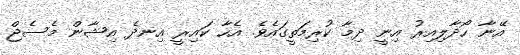
އޭނާ ހޯދާލިއިރު އިނީ ދިމާ ކުރިމަތީގައެވެ. އެހާ ކައިރީ އިނދެ އިޝާން މެސެޖް